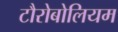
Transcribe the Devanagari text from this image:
टौरोबोलियम